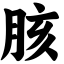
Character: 胲